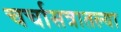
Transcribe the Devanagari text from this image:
चर्चासत्रातल्या